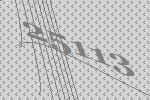
25113